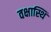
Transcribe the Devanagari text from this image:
वक्षास्थि